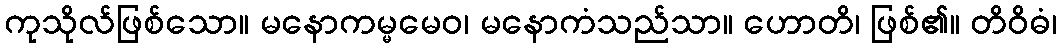
ကုသိုလ်ဖြစ်သော။ မနောကမ္မမေဝ၊ မနောကံသည်သာ။ ဟောတိ၊ ဖြစ်၏။ တိဝိဓံ၊